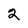
Character: 2